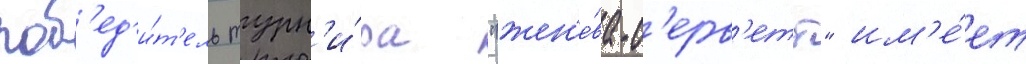
поб'ед'и́т'ель турн'и́ра "жен'е́ва-с'ерв'етт" им'е́ет